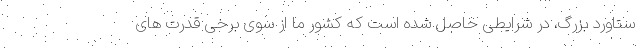
ستاورد بزرگ، در شرایطی حاصل شده است که کشور ما از سوی برخی قدرت های